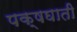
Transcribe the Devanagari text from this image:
पक्षघाती